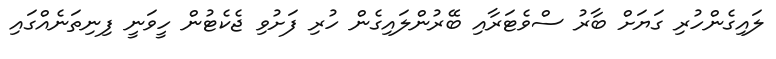
ލައިގެންހުރި ގަޔަށް ބާރު ސްވެޓަރާއި ބޭރުންލައިގެން ހުރި ފަށުވި ޖެކެޓުން ހީވަނީ ފިނިތަނެއްގައި